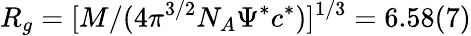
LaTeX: R_{g}=[M/(4\pi^{3/2}N_{A}\Psi^{*}c^{*})]^{1/3}=6.58(7)